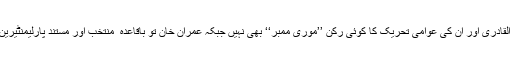
طاہر اُلقادری اور اُن کی عوامی تحریک کا کوئی رُکن ’’موری ممبر‘‘ بھی نہیں جبکہ عمران خان تو باقاعدہ ٗ منتخب اور مُستند پارلیمنٹیرین ہیں؟